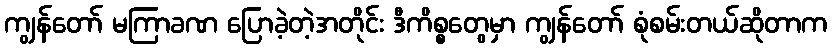
ကျွန်တော် မကြာခဏ ပြောခဲ့တဲ့အတိုင်း ဒီကိစ္စတွေမှာ ကျွန်တော် စုံစမ်းတယ်ဆိုတာက